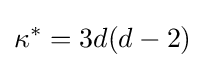
\kappa ^{*}=3d(d-2)